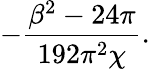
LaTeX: -\frac{\beta^{2}-24\pi}{192\pi^{2}\chi}.